Lunatic asylums Madras 1877-1891 - 1877-1891
Year: 1877
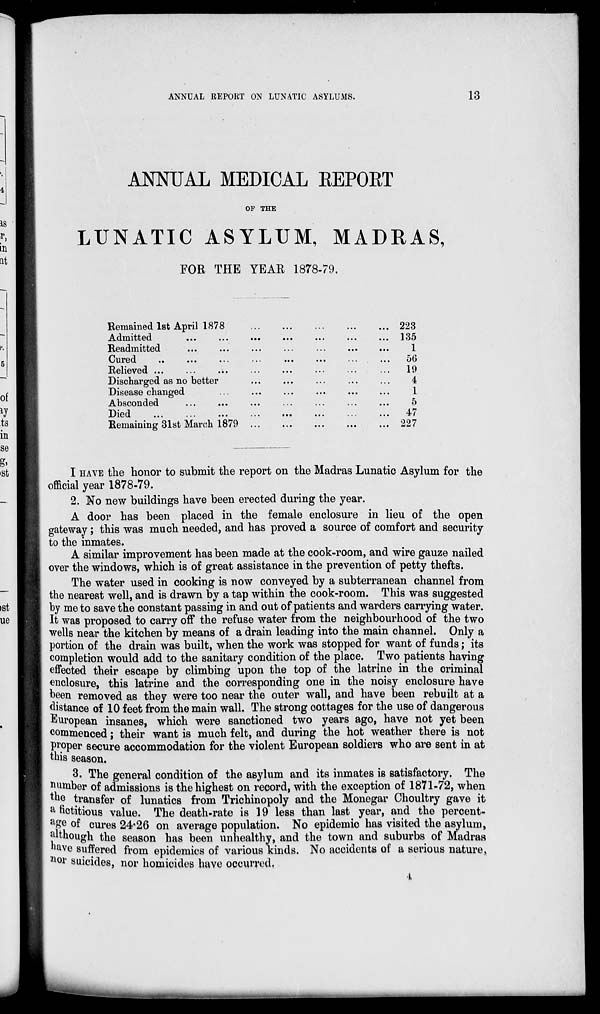
ANNUAL REPORT ON LUNATIC ASYLUMS.
13
ANNUAL MEDICAL REPORT
OF THE
LUNATIC ASYLUM, MADRAS,
FOR THE YEAR 1878-79.
Remained 1st April 1878
...
...
...
...
...
Admitted
...
...
...
...
...
...
...
Readmitted
...
...
...
...
...
...
...
Cured ... ... ... ... ... ... ... ...
Relieved ... ... ... ... ... ... ... ...
Discharged as no better ... ... ... ...
Disease changed ... ... ... ... ... ...
Absconded ... ... ... ... ... ... ...
Died ... ... ... ... ... ... ... ...
Remaining 31st March 1879
...
...
...
...
...
223
135
1
56
19
4
1
5
47
227
I HAVE the honor to submit the report on the Madras Lunatic Asylum for the
official year 1878-79.
2. No new buildings have been erected during the year.
A door has been placed in the female enclosure in lieu of the open
gateway; this was much needed, and has proved a source of comfort and security
to the inmates.
A similar improvement has been made at the cook-room, and wire gauze nailed
over the windows, which is of great assistance in the prevention of petty thefts.
The water used in cooking is now conveyed by a subterranean channel from
the nearest well, and is drawn by a tap within the cook-room. This was suggested
by me to save the constant passing in and out of patients and warders carrying water.
It was proposed to carry off the refuse water from the neighbourhood of the two
wells near the kitchen by means of a drain leading into the main channel. Only a
portion of the drain was built, when the work was stopped for want of funds; its
completion would add to the sanitary condition of the place. Two patients having
effected their escape by climbing upon the top of the latrine in the criminal
enclosure, this latrine and the corresponding one in the noisy enclosure have
been removed as they were too near the outer wall, and have been rebuilt at a
distance of 10 feet from the main wall. The strong cottages for the use of dangerous
European insanes, which were sanctioned two years ago, have not yet been
commenced; their want is much felt, and during the hot weather there is not
proper secure accommodation for the violent European soldiers who are sent in at
this season.
3. The general condition of the asylum and its inmates is satisfactory. The
number of admissions is the highest on record, with the exception of 1871-72, when
the transfer of lunatics from Trichinopoly and the Monegar Choultry gave it
a fictitious value. The death-rate is 19 less than last year, and the percent-
age of cures 24.26 on average population. No epidemic has visited the asylum,
although the season has been unhealthy, and the town and suburbs of Madras
have suffered from epidemics of various kinds. No accidents of a serious nature,
nor suicides, nor homicides have occurred.
4